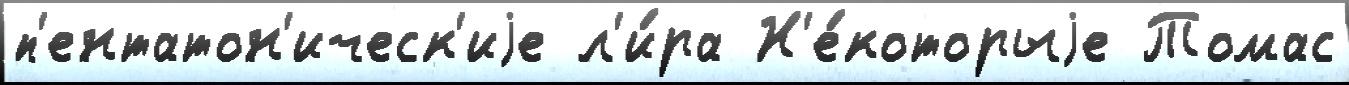
п'ентатон'ическ'иjе л'и́ра Н'е́которыjе Томас